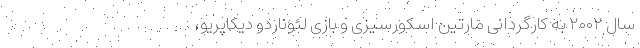
سال ۲۰۰۲ به کارگردانی مارتین اسکورسیزی و بازی لئوناردو دیکاپریو،